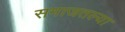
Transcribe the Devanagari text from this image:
समाजतल्या